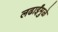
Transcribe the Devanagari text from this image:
लढाईंमुळे